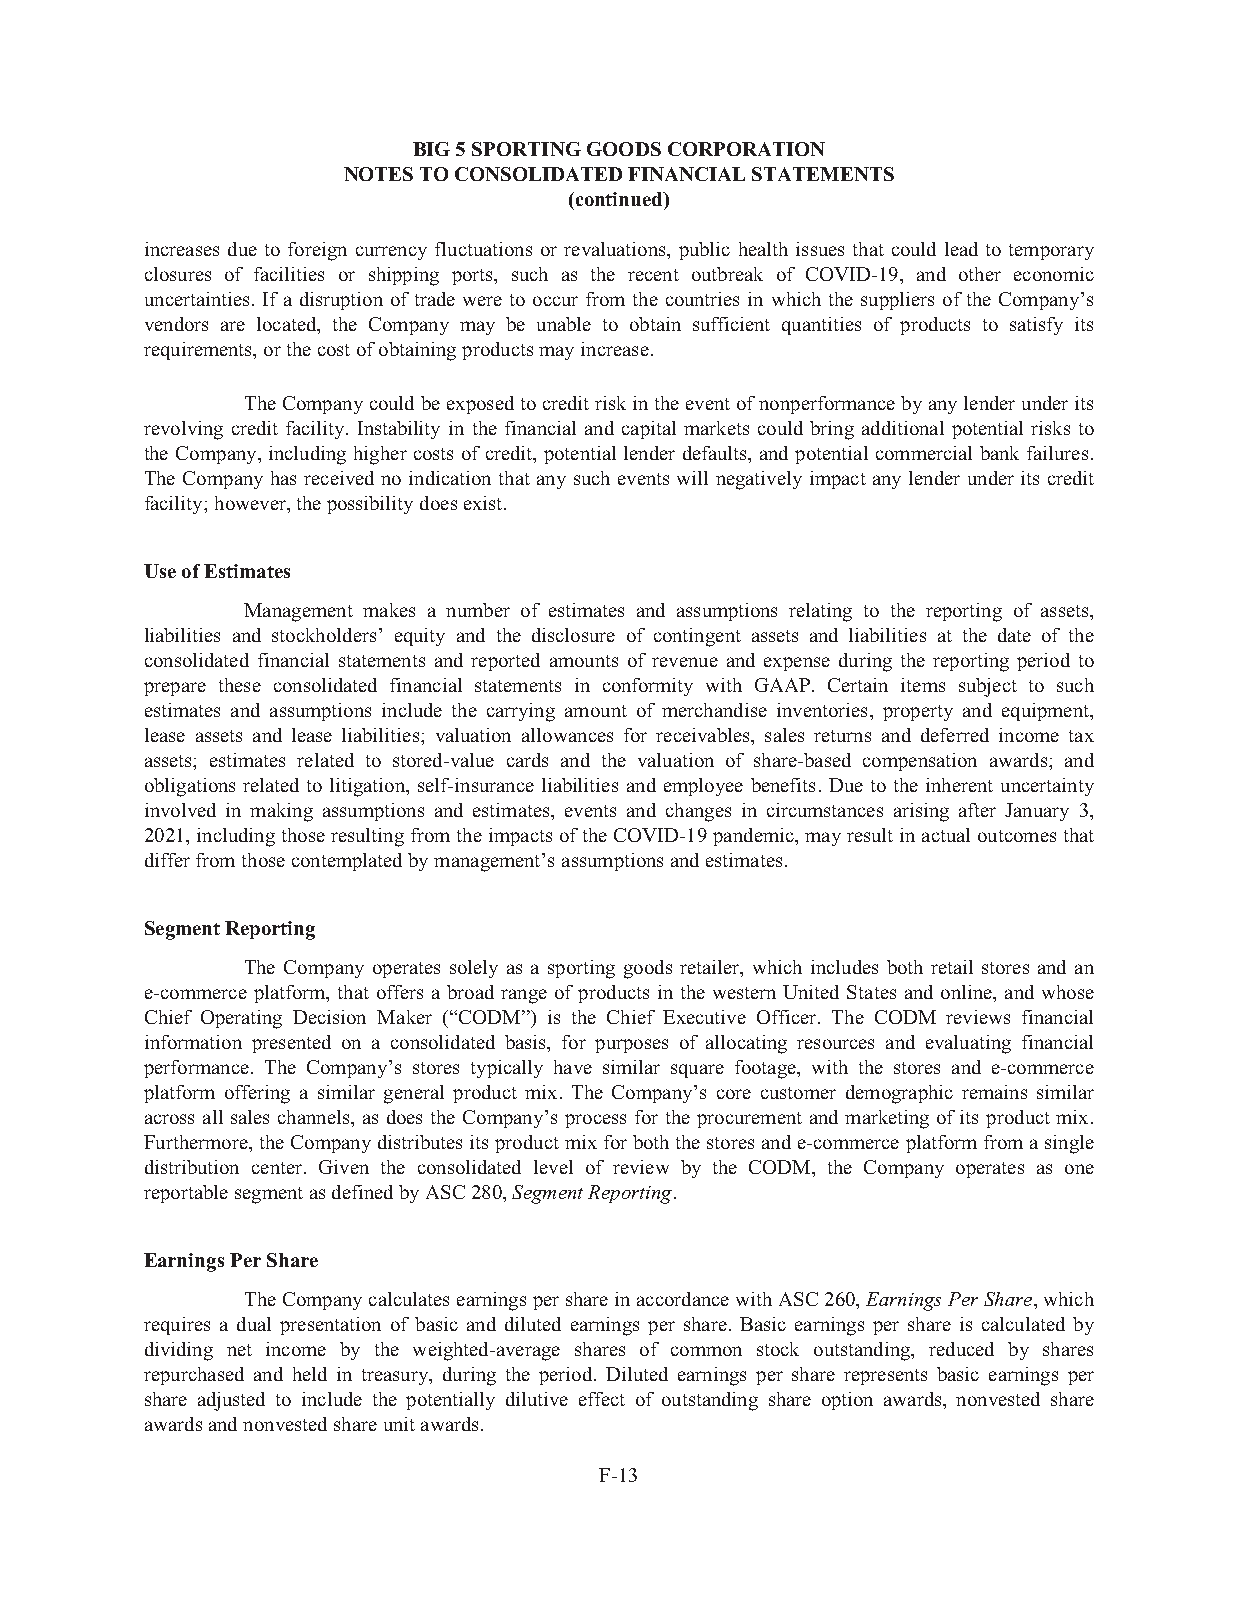
BIG5SPORTINGGOODSCORPORATION
 NOTESTOCONSOLIDATEDFINANCIALSTATEMENTS
 (continued)
 increases due to foreign currency fluctuations or revaluations, public health issues that could lead to temporary
 closures of facilities or shipping ports, such as the recent outbreak of COVID-19, and other economic
 uncertainties. If a disruption of trade were to occur from the countries in which the suppliers of the Company’s
 vendors are located, the Company may be unable to obtain sufficient quantities of products to satisfy its
 requirements,orthecostofobtainingproductsmayincrease.
 TheCompanycouldbeexposedtocreditriskintheeventofnonperformancebyanylenderunderits
 revolving credit facility. Instability in the financial and capital markets could bring additional potential risks to
 the Company, including higher costs of credit, potential lender defaults, andpotential commercial bankfailures.
 The Company has received no indication that any such events will negatively impact any lender under its credit
 facility;however,thepossibilitydoesexist.
 UseofEstimates
 Management makes a number of estimates and assumptions relating to the reporting of assets,
 liabilities and stockholders’ equity and the disclosure of contingent assets and liabilities at the date of the
 consolidated financial statements and reported amounts of revenue and expense during the reporting period to
 prepare these consolidated financial statements in conformity with GAAP. Certain items subject to such
 estimates and assumptions include the carrying amount of merchandise inventories, property and equipment,
 lease assets and lease liabilities; valuation allowances for receivables, sales returns and deferred income tax
 assets; estimates related to stored-value cards and the valuation of share-based compensation awards; and
 obligations related to litigation, self-insurance liabilities and employee benefits. Due to the inherent uncertainty
 involved in making assumptions and estimates, events and changes in circumstances arising after January 3,
 2021,includingthoseresultingfromtheimpactsoftheCOVID-19pandemic,mayresultinactualoutcomesthat
 differfromthosecontemplatedbymanagement’sassumptionsandestimates.
 SegmentReporting
 The Company operates solely as a sporting goods retailer, which includes both retail stores and an
 e-commerce platform, that offers a broad range of products in the western United States and online, and whose
 Chief Operating Decision Maker (“CODM”) is the Chief Executive Officer. The CODM reviews financial
 information presented on a consolidated basis, for purposes of allocating resources and evaluating financial
 performance. The Company’s stores typically have similar square footage, with the stores and e-commerce
 platform offering a similar general product mix. The Company’s core customer demographic remains similar
 across all sales channels, as does the Company’s process for the procurement and marketing of its product mix.
 Furthermore,theCompanydistributesitsproductmixforboththestoresande-commerceplatformfromasingle
 distribution center. Given the consolidated level of review by the CODM, the Company operates as one
 reportablesegmentasdefinedbyASC280,SegmentReporting.
 EarningsPerShare
 TheCompanycalculatesearningspershareinaccordancewithASC260,EarningsPerShare,which
 requires a dual presentation of basic and diluted earnings per share. Basic earnings per share is calculated by
 dividing net income by the weighted-average shares of common stock outstanding, reduced by shares
 repurchased and held in treasury, during the period. Diluted earnings per share represents basic earnings per
 share adjusted to include the potentially dilutive effect of outstanding share option awards, nonvested share
 awardsandnonvestedshareunitawards.
 F-13